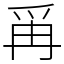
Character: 爯